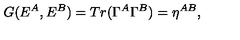
G ( E ^ { A } , E ^ { B } ) = T r ( \Gamma ^ { A } \Gamma ^ { B } ) = \eta ^ { A B } , \nonumber